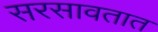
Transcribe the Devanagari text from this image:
सरसावतात